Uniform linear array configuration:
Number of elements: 8
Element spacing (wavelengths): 0.75
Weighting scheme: exponential
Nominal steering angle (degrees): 0
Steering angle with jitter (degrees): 1.416
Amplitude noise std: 0.05
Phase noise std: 0.05

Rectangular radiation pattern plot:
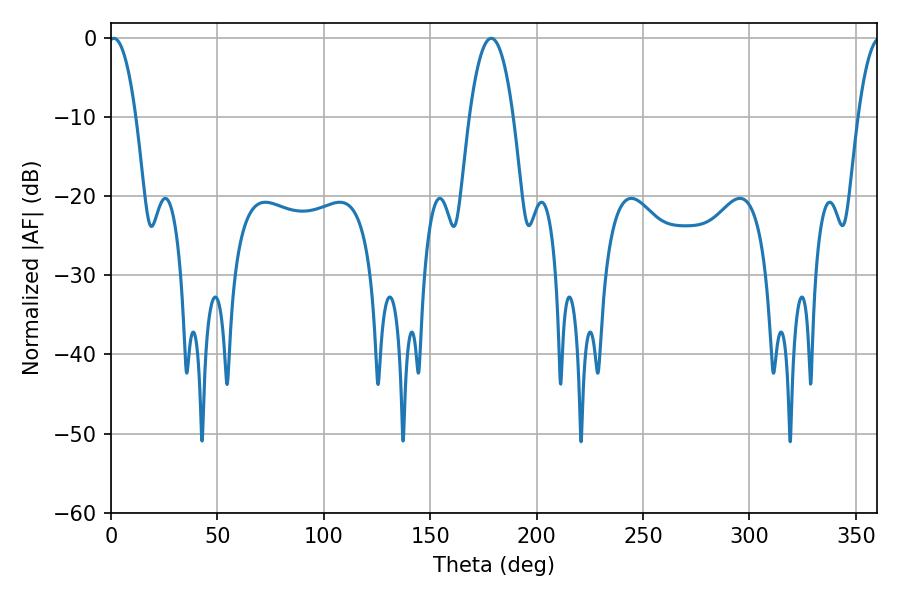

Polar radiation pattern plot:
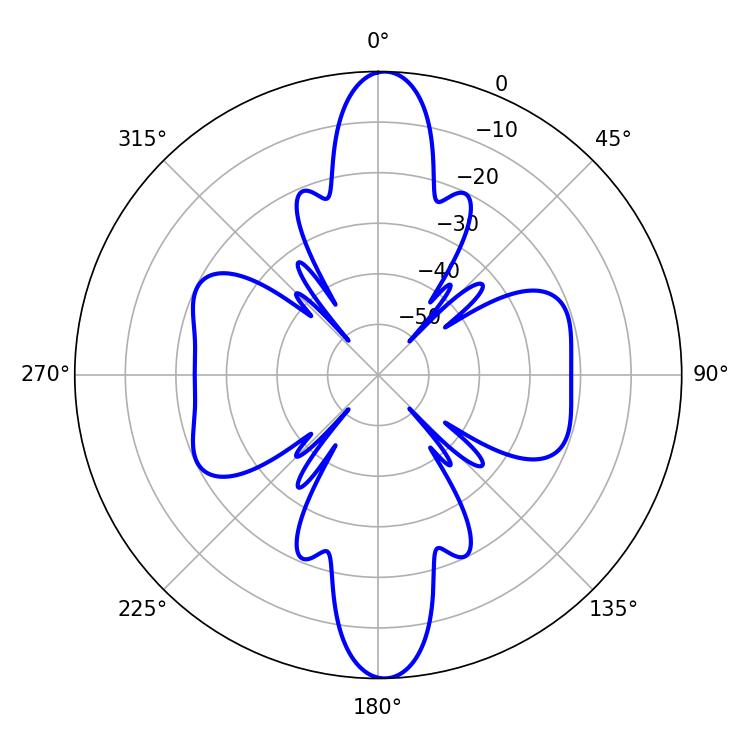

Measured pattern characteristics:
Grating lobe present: TRUE
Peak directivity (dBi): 23.053
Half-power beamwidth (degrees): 11.34
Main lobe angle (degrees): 178.74